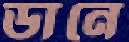
ডানে